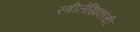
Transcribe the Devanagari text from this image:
स्त्रीलेखिकांची